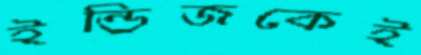
ইন্ডিজকেই